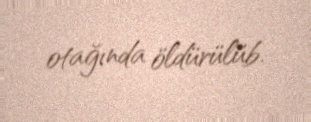
otağında öldürülüb.